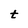
Character: t